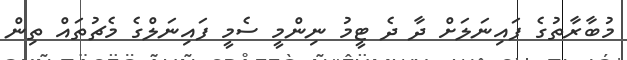
މުބާރާތުގެ ފައިނަލަށް ދާ ދެ ޓީމު ނިންމީ ސެމީ ފައިނަލްގެ މެޗުތައް ތިން